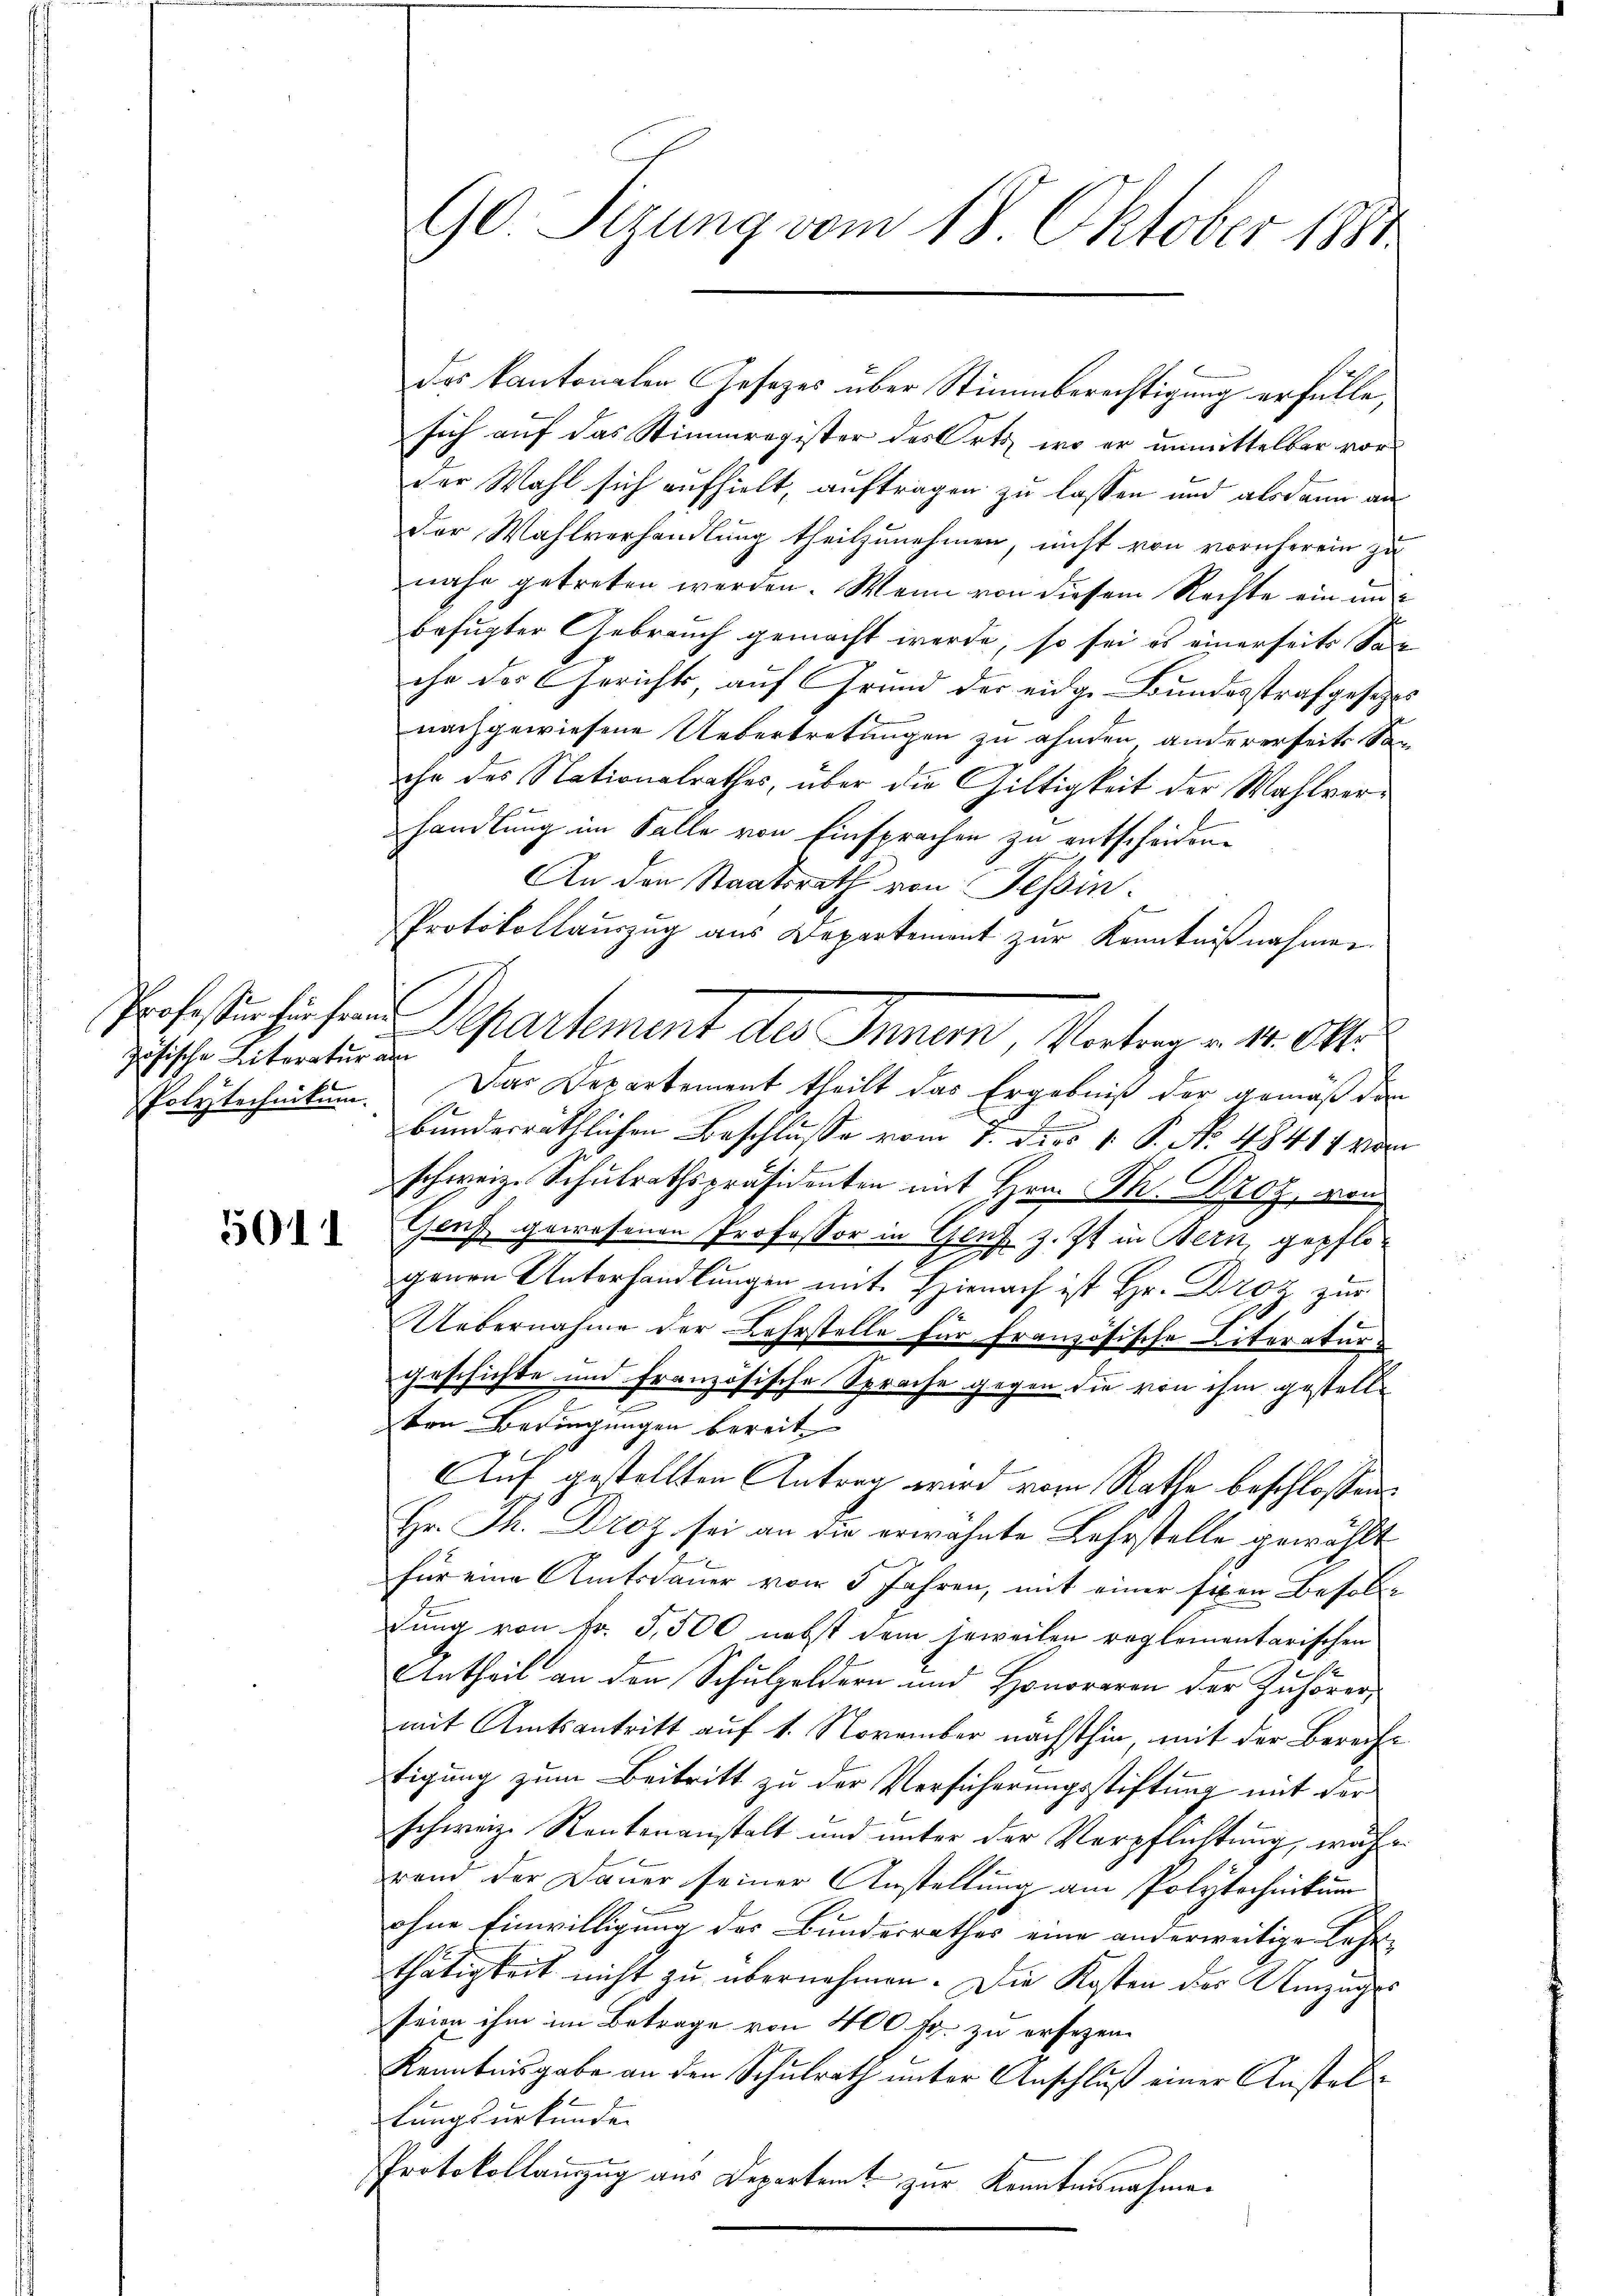
zösische Literatur am
Polytechnikum.

5011

90. Sizung vom 18. Oktober 1891

des kantonalen Gesetzes über Stimmberechtigung erfülle,
sich auf das Stimmregister des Orts, wo er unmittelbar vorder Wahl sich aufhielt, auftragen zu lassen und alsdann an
Der Wahlverhandlung theilzunehmen, nicht von vornherein zu
nahe getreten werden. Wenn von diesem Rechte ein un
befugter Gebrauch gemacht werde, so sei es einerseits San
che der Gerichts, auf Grund der eidge Bundesstrafgesetzes
nachgewiesene Uebertretungen zu ahnten, andererseits Sen
ihe des Nationalrathes, über die Gültigkeit der Wahlverhandlung im Falle von Einsprachen zu entscheiden.
An den Staatsrath von Tessin.
Protokollauszug aus Departement zur Kenntnißnahmen
Das Departement theilt das Ergebniß der gemäß den
bunderräthlichen Beschlusse vom 7. Dies 1. P. No. 48411 vom
schweiz. Schulrathspräsidenten mit Hrn. Th. Proz, von
Genf gewesenen Professor in Genf z. Zt. in Bern, gepflo¬
2
genen Unterhandlungen mit. Hienach ist Hr. Droz zur
d
Uebernahme der Lehrstelle für französische Literaturgeschichte und französische Sprache gegen die von ihm gestell¬

von Bedingungen bereit
Auf gestellten Antrag wird vom Rathe beschlossen:
Hr. Th. Droz. sei an die erwähnte Lehrstelle gewählt
für eine Amtsdauer von 5 Jahren, mit einer fixen Besollung von Fr. 5,500 nebst dem jeweilen reglementarischen
Untheil an den Schulgeldern und Honoraren der Zuhörer,
mit Amtsantritt auf 1. November nächsthin, mit der Berechtigung zum Beitritt zu der Versicherungsstiftung mit der
schweiz. Rentenanstalt und unter der Verpflichtung, währ
rend der Dauer seiner Anstellung am Polytechnikum
ohne Einwilligung des Bundesrathes eine anderweitige Lehr-
thätigkeit nicht zu übernehmen. Die Kosten der Umzuges
seien ihm im Betrage von 400 fr. zu ersezen.
Kenntnisgabe an den Schulrath unter Anschluß einer Anstel
lungsurkunden
Protokollanzug aus Departamt zur Kenntnisnahmen

Professer hiesen Departement des Inner, Vortrag v. 1. Okt.